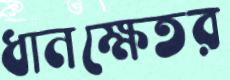
ধানক্ষেতর